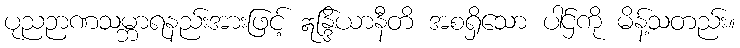
ပုညဉာဏသမ္ဘာရနည်းအားဖြင့် ဣန္ဒြိယာနီတိ အစရှိသော ပါဌ်ကို မိန့်သတည်း။